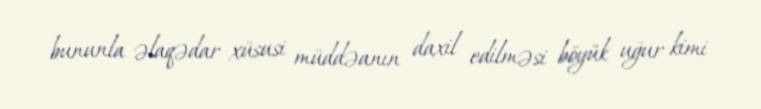
bununla əlaqədar xüsusi müddəanın daxil edilməsi böyük uğur kimi